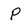
Character: P